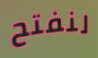
لنفتح